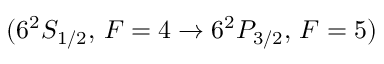
( 6 ^ { 2 } S _ { 1 / 2 } , \, F = 4 \rightarrow 6 ^ { 2 } P _ { 3 / 2 } , \, F = 5 )